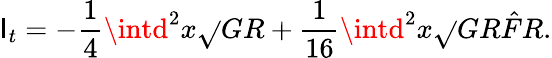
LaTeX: \mathsf{I}_{t}=-\frac{{1}}{{4}}\intd^{2}x\sqrt{}{{G}}R+\frac{{1}}{{16}}\intd^{2}x\sqrt{}{{G}}R\hat{{F}}R.